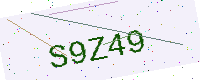
Text: S9Z49